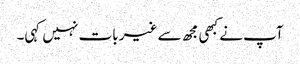
آپ نے کبھی مجھ سے غیر بات نہیں کہی۔